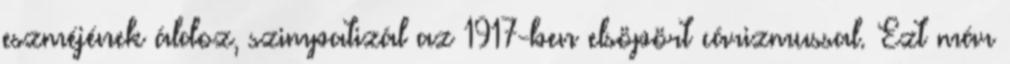
eszméjének áldoz, szimpatizál az 1917-ben elsöpört cárizmussal. Ezt már